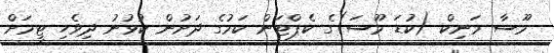
މޫސާ މަނިކް (ކުޑަ މޫސަ)ގެ ކެޕްޓަން ކަމުގެ ދަށުން ކުޅުނު ދިވެހި ޓީމަށް